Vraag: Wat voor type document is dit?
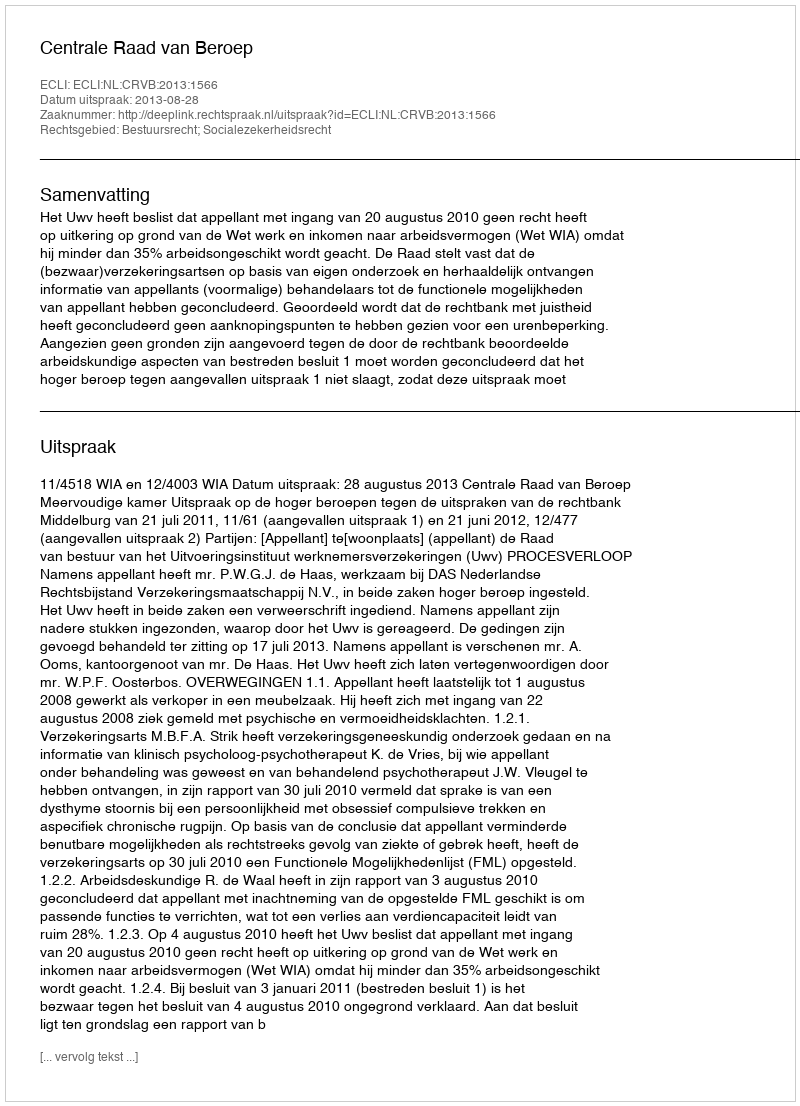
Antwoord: Uitspraak